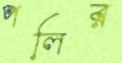
পলির